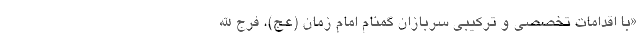
«با اقدامات تخصصی و ترکیبی سربازان گمنام امام زمان (عج)، فرج الله